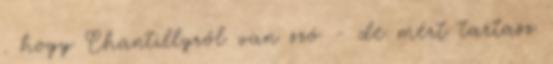
. hogy Chantillyről van szó - de mért tartasz